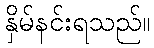
နှိမ်နင်းရသည်။